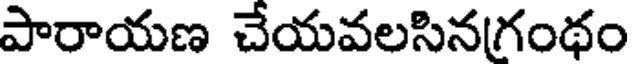
పారాయణ చేయవలసినగంథం